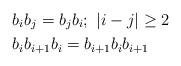
LaTeX: \begin{align*} &b_i b_j = b_j b_i; \ |i-j| \geq 2 \\ &b_i b_{i+1} b_i= b_{i+1} b_i b_{i+1}\end{align*}